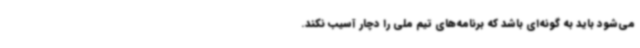
می‌شود باید به گونه‌ای باشد که برنامه‌های تیم ملی را دچار آسیب نکند.